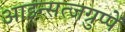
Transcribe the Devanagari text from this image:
आइन्सत्जग्रुप्पें